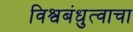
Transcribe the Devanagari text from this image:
विश्वबंधुत्वाचा